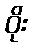
ဝိုး